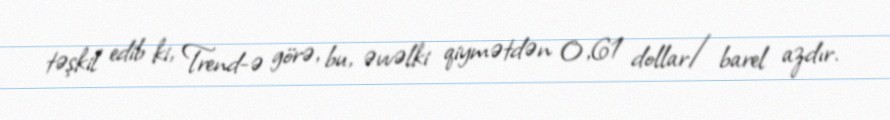
təşkil edib ki, Trend-ə görə, bu, əvvəlki qiymətdən 0,61 dollar/barel azdır.